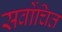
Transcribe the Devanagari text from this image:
सर्वोचित